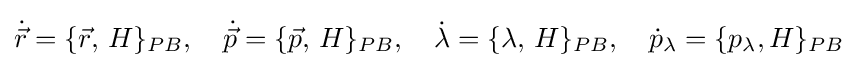
{\dot {\vec {r}}}=\{{\vec {r}},\,H\}_{PB},\quad {\dot {\vec {p}}}=\{{\vec {p}},\,H\}_{PB},\quad {\dot {\lambda }}=\{\lambda ,\,H\}_{PB},\quad {\dot {p}}_{\lambda }=\{p_{\lambda },H\}_{PB}